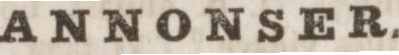
ANNONSER.